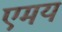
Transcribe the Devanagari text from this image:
एमय